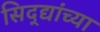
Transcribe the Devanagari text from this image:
सिद्द्यांच्या